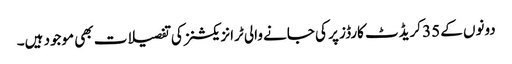
دونوں کے 35 کریڈٹ کارڈز پر کی جانے والی ٹرانزیکشنز کی تفصیلات بھی موجود ہیں۔